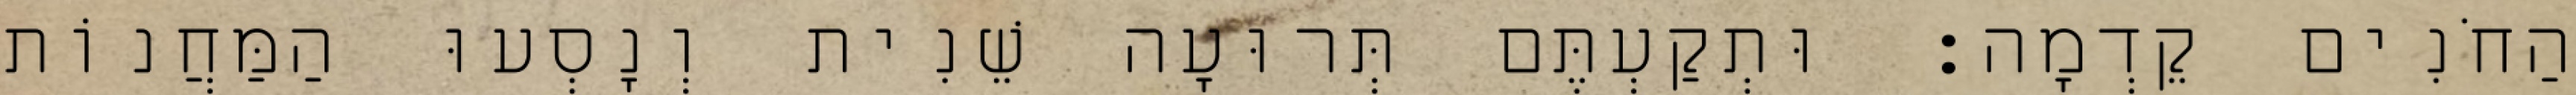
הַחֹנִים קֵדְמָה׃ וּתְקַעְתֶּם תְּרוּעָה שֵׁנִית וְנָסְעוּ הַמַּחֲנוֹת